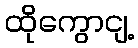
ထိုကွောငျ့